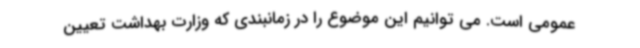
عمومی است. می توانیم این موضوع را در زمانبندی که وزارت بهداشت تعیین